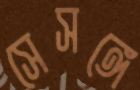
সেসঙ্গে